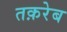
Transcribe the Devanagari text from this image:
तक़रेब